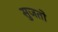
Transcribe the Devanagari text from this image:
सुजतो